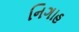
નિગાહ